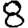
Digit: 8